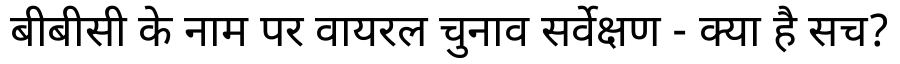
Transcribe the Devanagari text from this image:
बीबीसी के नाम पर वायरल चुनाव सर्वेक्षण - क्या है सच?